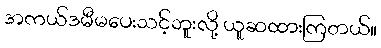
အကယ်ဒမီမပေးသင့်ဘူးလို့ ယူဆထားကြတယ်။